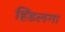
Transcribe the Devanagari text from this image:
हिंडलगा